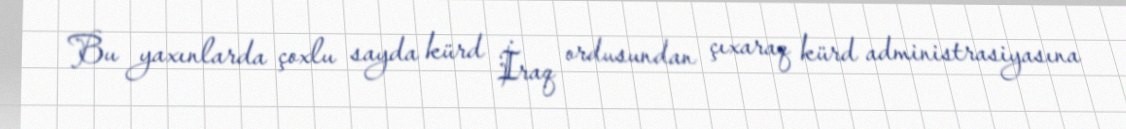
Bu yaxınlarda çoxlu sayda kürd İraq ordusundan çıxaraq kürd administrasiyasına